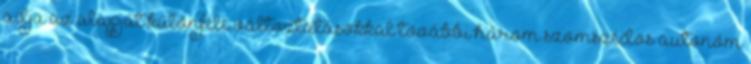
adja az alapját különféle változtatásokkal további három szomszédos autonóm